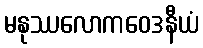
မနုဿလောကဝေဒနီယံ